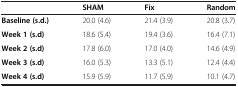
|  | SHAM | Fix | Random |
 | --- | --- | --- | --- |
 | Baseline (s.d.) | 20.0 (4.6) | 21.4 (3.9) | 20.8 (3.7) |
 | Week 1 (s.d) | 18.6 (5.4) | 19.4 (3.6) | 16.4 (7.1) |
 | Week 2 (s.d) | 17.8 (6.0) | 17.0 (4.0) | 14.6 (4.9) |
 | Week 3 (s.d) | 16.0 (5.3) | 13.3 (5.1) | 12.4 (4.4) |
 | Week 4 (s.d) | 15.9 (5.9) | 11.7 (5.9) | 10.1 (4.7) |